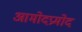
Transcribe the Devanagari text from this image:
आमोदप्रमोद